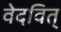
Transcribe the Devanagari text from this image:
वेदवित्